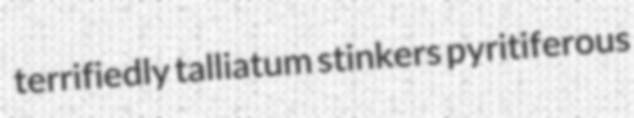
terrifiedly talliatum stinkers pyritiferous